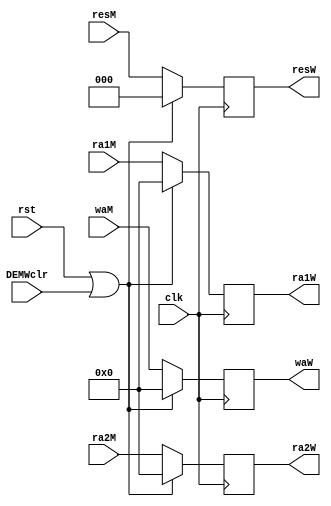
`timescale 1ns / 1ps
//////////////////////////////////////////////////////////////////////////////////
// Company: 
// Engineer: 
// 
// Design Name: 
// Module Name:    atcW 
// Project Name: 
// Target Devices: 
// Tool versions: 
// Description: 
//
// Dependencies: 
//
// Revision: 
// Revision 0.01 - File Created
// Additional Comments: 
//
//////////////////////////////////////////////////////////////////////////////////
module atcW(
    input [4:0] ra1M,
    input [4:0] ra2M,
    input [4:0] waM,
    input [2:0] resM,
    input clk,
	 input rst,
	 input DEMWclr,
    output [4:0] ra1W,
    output [4:0] ra2W,
    output [4:0] waW,
    output [2:0] resW
    );
	 
	 reg[4:0] ra1 = 0,ra2 = 0,wa = 0;
	 reg[2:0] res = 0;
	 
	 assign ra1W = ra1;
	 assign ra2W = ra2;
	 assign waW = wa;
	 assign resW = res;
	 
	 always @(posedge clk)begin
		if(rst||DEMWclr)begin
			ra1<= 0;
			ra2 <= 0;
			wa<= 0;
			res<= 0;
		
		end
		else begin
			ra1<= ra1M;
			ra2 <= ra2M;
			wa<= waM;
			res<= resM;
		end
	 end


endmodule